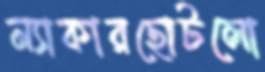
ন্যাকারছোটলো